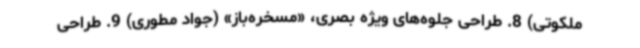
ملکوتی) 8. طراحی جلوه‌های ویژه بصری، «مسخره‌باز» (جواد مطوری) 9. طراحی